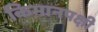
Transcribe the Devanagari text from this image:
किमानपक्षी